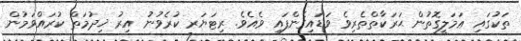
ތަކުގައި ޢަމަލީގޮތުން ޙަރަކާތްތެރިވެ ވަޑައިގެންފައި ވެއެވެ. ރިޓަޔަރ ކުރެވުނު އިރު ޚިދުމަތް ކުރައްވަމުން